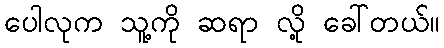
ပေါလုက သူ့ကို ဆရာ လို့ ခေါ်တယ်။